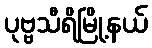
ပုဗ္ဗသီရိမြို့နယ်